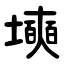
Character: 㙽